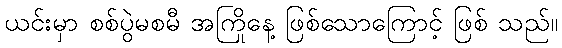
ယင်းမှာ စစ်ပွဲမစမီ အကြိုနေ့ ဖြစ်သောကြောင့် ဖြစ် သည်။